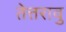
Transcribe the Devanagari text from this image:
तेत्तरावु